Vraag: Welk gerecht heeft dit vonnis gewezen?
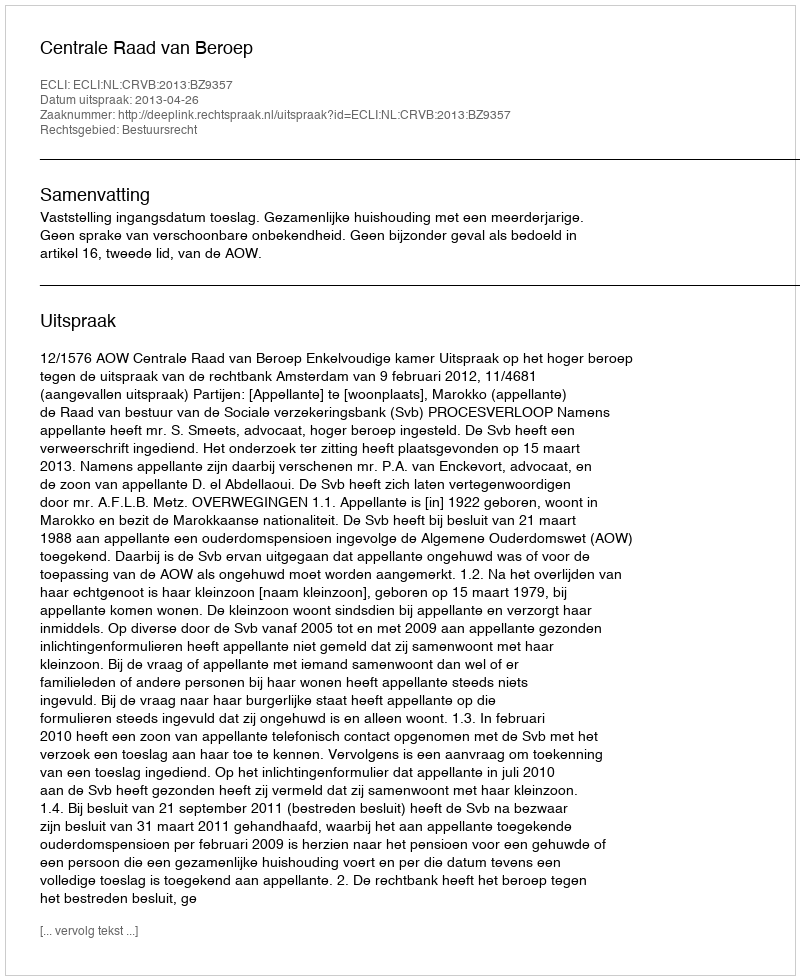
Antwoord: Centrale Raad van Beroep